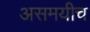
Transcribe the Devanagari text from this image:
असमयीच